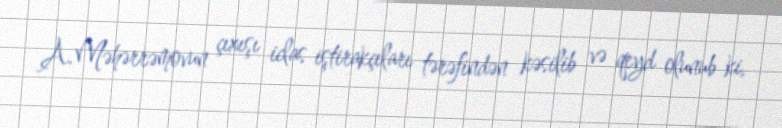
A.Məhərrəmovun çıxışı iclas iştirakçıları tərəfindən kəsilib və qeyd olunub ki,